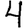
Digit: 4